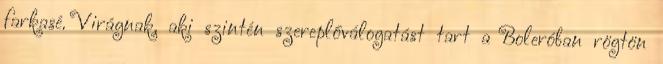
farkasé. Virágnak, aki szintén szereplőválogatást tart a Boleróban rögtön